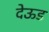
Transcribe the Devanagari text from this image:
देऊड